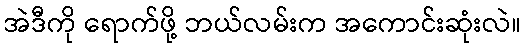
အဲဒီကို ရောက်ဖို့ ဘယ်လမ်းက အကောင်းဆုံးလဲ။